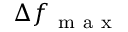
\Delta f _ { \mathrm { ~ m ~ a ~ x ~ } }